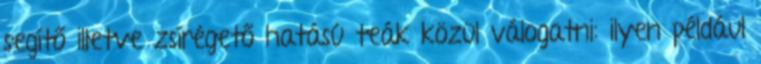
segítő illetve zsírégető hatású teák közül válogatni: ilyen például